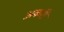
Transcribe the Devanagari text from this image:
अकरी